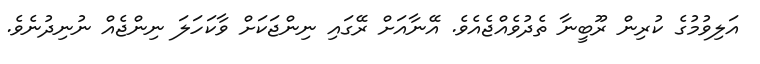
އަލިވުމުގެ ކުރިން ރޫބީނާ ތެދުވެއްޖެއެވެ. އޭނާއަށް ރޭގައި ނިންޖަކަށް ވާކަހަލަ ނިންޖެއް ނުނިދުނެވެ.